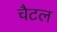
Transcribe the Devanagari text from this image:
चैटल